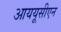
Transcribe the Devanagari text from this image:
आययूसीएन